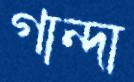
গান্দা